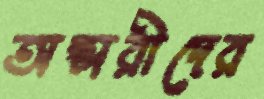
অপ্সরীদের